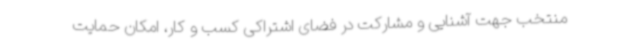
منتخب جهت آشنایی و مشارکت در فضای اشتراکی کسب و کار، امکان حمایت